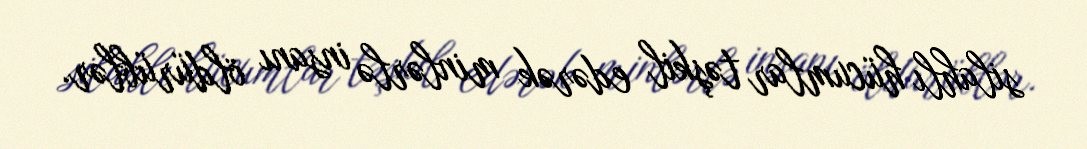
silahlı hücumlar təşkil edərək minlərlə insanı öldürüblər.